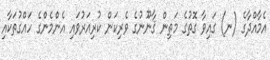
އެމާއްދާގެ (ނ) ގައިވާ ގޮތުގެ މަތިން ޤާނޫނުގެ ވެރިކަން ކުރިއަރުވައި އެންމެންގެ ހައްގުތަކާއި